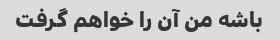
باشه من آن را خواهم گرفت